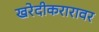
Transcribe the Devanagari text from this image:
खरेदीकरारावर